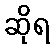
ဆိုရ